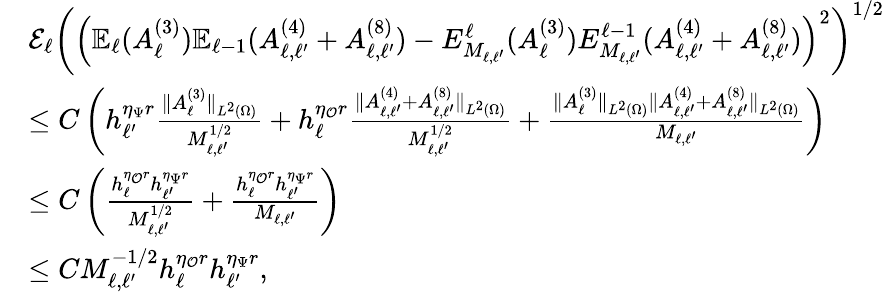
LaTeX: \begin{array}{rl}&{\mathcal{E}_{\ell}\left(\left(\mathbb{E}_{\ell}(A_{\ell}^{(3)})\mathbb{E}_{\ell-1}(A_{\ell,\ell^{\prime}}^{(4)}+A_{\ell,\ell^{\prime}}^{(8)})-E_{M_{\ell,\ell^{\prime}}}^{\ell}(A_{\ell}^{(3)})E_{M_{\ell,\ell^{\prime}}}^{\ell-1}(A_{\ell,\ell^{\prime}}^{(4)}+A_{\ell,\ell^{\prime}}^{(8)})\right)^{2}\right)^{1/2}}\\ &{\le C\left(h_{\ell^{\prime}}^{\eta_{\Psi}r}\frac{\| A_{\ell}^{(3)}\| _{L^{2}(\Omega)}}{M_{\ell,\ell^{\prime}}^{1/2}}+h_{\ell}^{\eta_{\mathcal{O}}r}\frac{\| A_{\ell,\ell^{\prime}}^{(4)}+A_{\ell,\ell^{\prime}}^{(8)}\| _{L^{2}(\Omega)}}{M_{\ell,\ell^{\prime}}^{1/2}}+\frac{\| A_{\ell}^{(3)}\| _{L^{2}(\Omega)}\| A_{\ell,\ell^{\prime}}^{(4)}+A_{\ell,\ell^{\prime}}^{(8)}\| _{L^{2}(\Omega)}}{M_{\ell,\ell^{\prime}}}\right)}\\ &{\le C\left(\frac{h_{\ell}^{\eta_{\mathcal{O}}r}h_{\ell^{\prime}}^{\eta_{\Psi}r}}{M_{\ell,\ell^{\prime}}^{1/2}}+\frac{h_{\ell}^{\eta_{\mathcal{O}}r}h_{\ell^{\prime}}^{\eta_{\Psi}r}}{M_{\ell,\ell^{\prime}}}\right)}\\ &{\le CM_{\ell,\ell^{\prime}}^{-1/2}h_{\ell}^{\eta_{\mathcal{O}}r}h_{\ell^{\prime}}^{\eta_{\Psi}r},}\end{array}